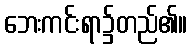
ဘေးကင်းရာ၌တည်၏။